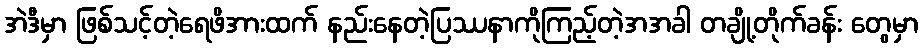
အဲဒီမှာ ဖြစ်သင့်တဲ့ရေဖိအားထက် နည်းနေတဲ့ပြဿနာကိုကြည့်တဲ့အအခါ တချို့တိုက်ခန်း တွေမှာ